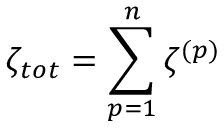
\zeta _ { t o t } = \sum _ { p = 1 } ^ { n } \zeta ^ { ( p ) }